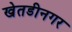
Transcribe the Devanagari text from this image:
खेतडीनगर